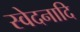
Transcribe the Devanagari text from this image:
स्वेदनादि